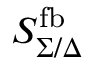
S _ { \Sigma / \Delta } ^ { \mathrm { f b } }